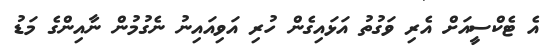
އެ ޓެކްސީއަށް އެރި ވަގުތު އަޅައިގެން ހުރި އަވިއައިނު ނެގުމުން ނާއިންގެ މަޑު